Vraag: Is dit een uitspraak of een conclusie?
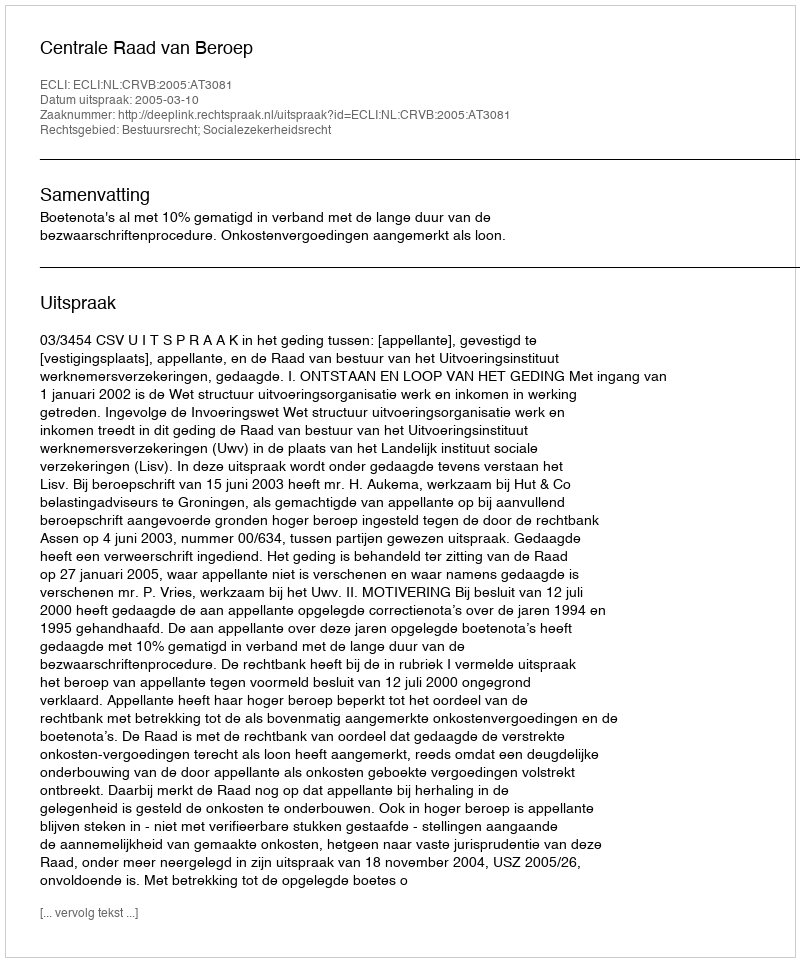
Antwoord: Uitspraak